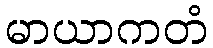
မာယာကတံ